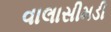
વાલાસીમડી